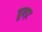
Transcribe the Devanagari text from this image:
वुन्ड्ट